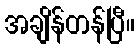
အချိန်တန်ပြီ။